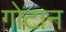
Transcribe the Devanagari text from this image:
गोटान